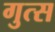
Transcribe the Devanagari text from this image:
गुत्स